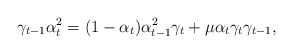
\begin{align*}\gamma_{t-1}\alpha_t^2=(1-\alpha_t)\alpha_{t-1}^2\gamma_t+\mu\alpha_t\gamma_t\gamma_{t-1},\end{align*}